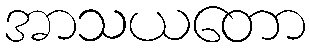
အာသယတော